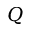
Q